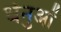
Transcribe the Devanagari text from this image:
धेनुओं